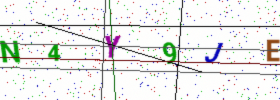
Text: N4Y9JE